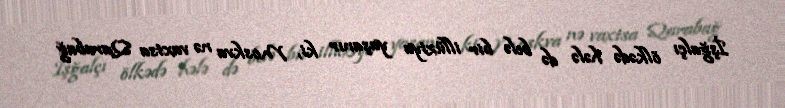
İşğalçı ölkədə hələ də belə bir illüziya yaşanır ki, Moskva nə vaxtsa Qarabağ